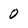
Character: 0